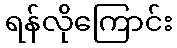
ရန်လိုကြောင်း